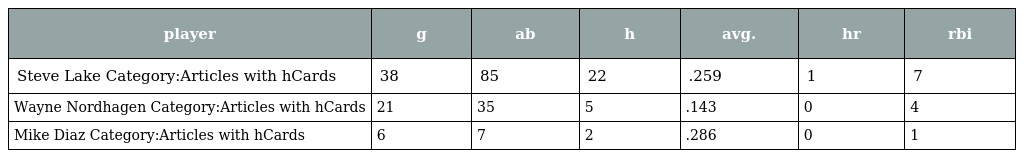
| player | g | ab | h | avg. | hr | rbi |
 | --- | --- | --- | --- | --- | --- | --- |
 | Steve Lake Category:Articles with hCards | 38 | 85 | 22 | .259 | 1 | 7 |
 | Wayne Nordhagen Category:Articles with hCards | 21 | 35 | 5 | .143 | 0 | 4 |
 | Mike Diaz Category:Articles with hCards | 6 | 7 | 2 | .286 | 0 | 1 |